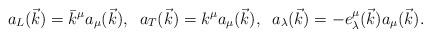
LaTeX: \begin{align*}a_L(\vec{k})=\bar{k}^\mu a_\mu(\vec{k}),\;\; a_T(\vec{k})=k^\mu a_\mu(\vec{k}),\;\; a_\lambda(\vec{k})=-e_{\lambda}^\mu(\vec{k})a_\mu(\vec{k}).\end{align*}